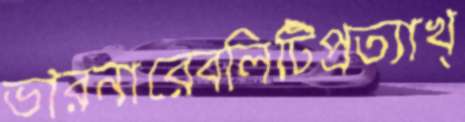
ভারনারেবলিটিপ্রত্যাখ্